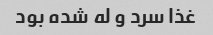
غذا سرد و له شده بود